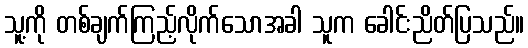
သူ့ကို တစ်ချက်ကြည့်လိုက်သောအခါ သူက ခေါင်းညိတ်ပြသည်။